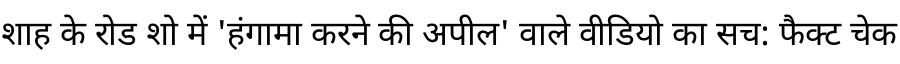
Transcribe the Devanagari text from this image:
शाह के रोड शो में 'हंगामा करने की अपील' वाले वीडियो का सच: फैक्ट चेक